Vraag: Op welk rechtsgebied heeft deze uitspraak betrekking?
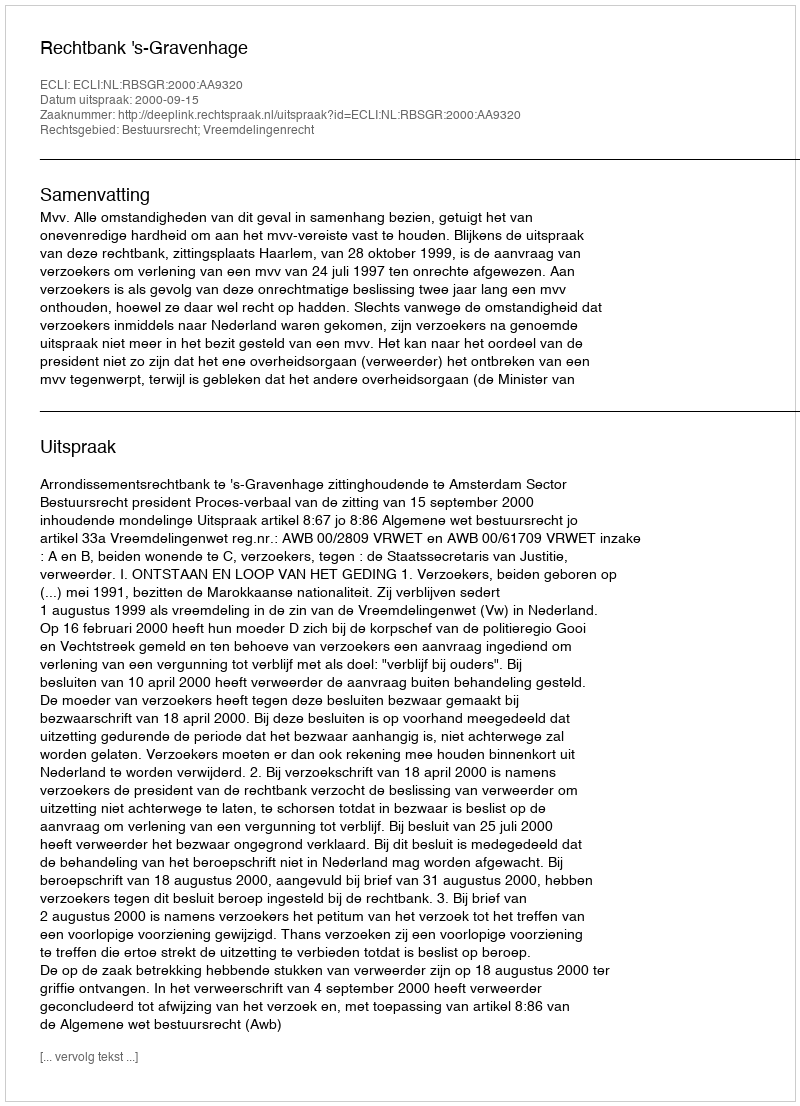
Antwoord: Bestuursrecht; Vreemdelingenrecht